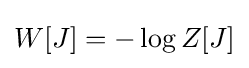
W[J]=-\log Z[J]